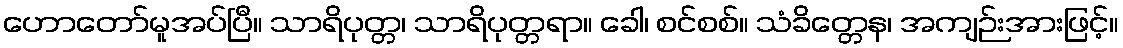
ဟောတော်မူအပ်ပြီ။ သာရိပုတ္တ၊ သာရိပုတ္တရာ။ ခေါ၊ စင်စစ်။ သံခိတ္တေန၊ အကျဉ်းအားဖြင့်။